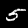
Digit: 5